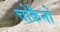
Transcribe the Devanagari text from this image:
चोकैनो